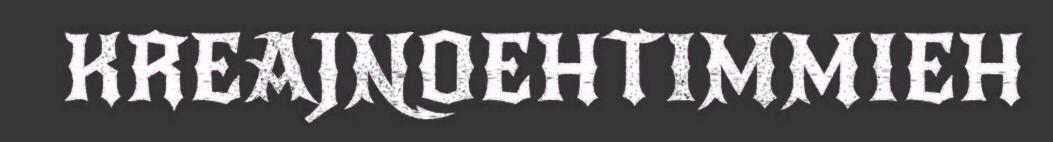
KREAJNOEHTIMMIEH